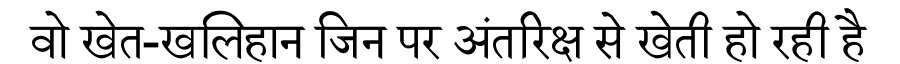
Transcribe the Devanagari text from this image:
वो खेत-खलिहान जिन पर अंतरिक्ष से खेती हो रही है